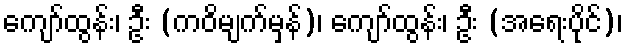
ကျော်ထွန်း၊ ဦး (ကဝိမျက်မှန်)၊ ကျော်ထွန်း၊ ဦး (အရေးပိုင်)၊